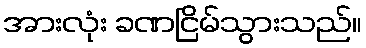
အားလုံး ခဏငြိမ်သွားသည်။